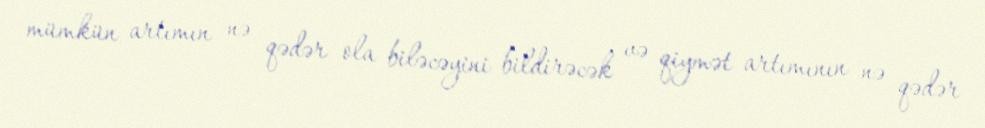
mümkün artımın nə qədər ola biləcəyini bildirəcək və qiymət artımının nə qədər